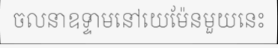
ចលនាឧទ្ទាមនៅយេម៉ែនមួយនេះ